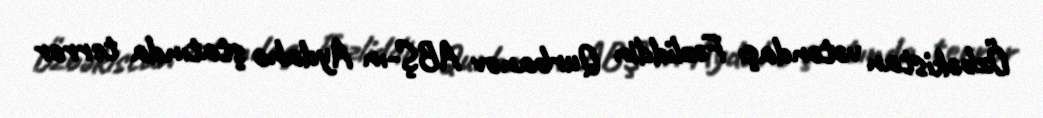
Özbəkistan vətəndaşı Fəzliddin Qurbanov ABŞ-ın Aydaho ştatında terror